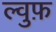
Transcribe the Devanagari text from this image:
ल्वुफ़